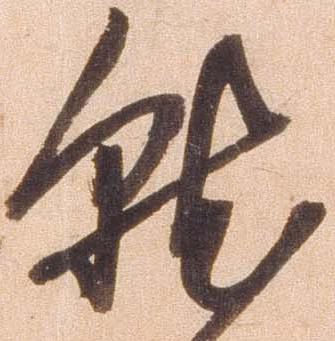
就